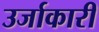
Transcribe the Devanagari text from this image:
उर्जाकारी